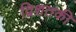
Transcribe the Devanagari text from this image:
द्विशतकी